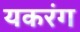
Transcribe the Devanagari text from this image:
यकरंग